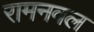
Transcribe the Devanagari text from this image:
रामनवल